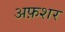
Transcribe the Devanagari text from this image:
अफ़शर